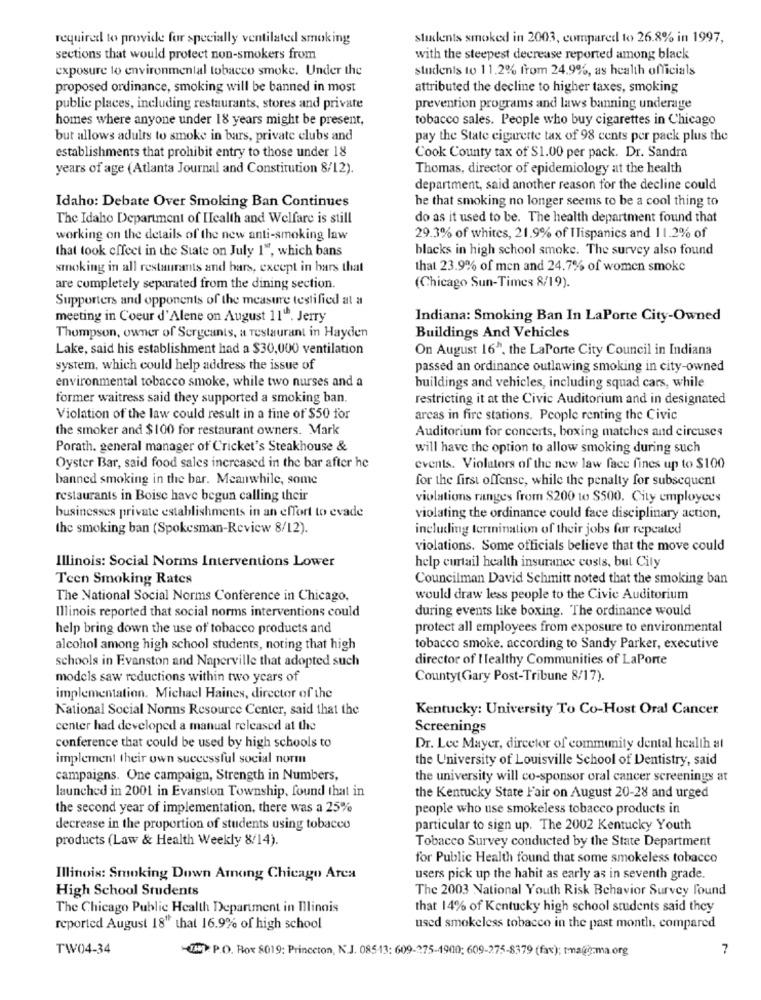
required to provide for specially ventilated smoking
students smoked in 2003, compared to 26.8% in 1997,
sections that would protect non-smokers from
with the steepest decrease reported among black
exposure to environmental tobacco smoke. Under the
students to 11.2% from 24.9%, as health officials
proposed ordinance, smoking will be banned in most
attributed the decline to higher taxes, smoking
public places, including restaurants, stores and private
prevention programs and laws banning underage
homes where anyone under 18 years might be present,
tobacco sales. People who buy cigarettes in Chicago
but allows adults to smoke in bars, private clubs and
pay the State cigarette tax of 98 cents per pack plus the
establishments that prohibit entry to those under 18
Cook County tax of $1.00 per pack. Dr. Sandra
years of age (Atlanta Journal and Constitution 8/12).
Thomas, director of epidemiology at the health
department, said another reason for the decline could
Idaho: Debate Over Smoking Ban Continues
he that smoking no longer seems to be a cool thing to
The Idaho Department of Health and Welfare is still
do as it used to be. The health department found that
working on the details of the new anti-smoking law
29.3% of whites, 21.9% of ITispanics and 11.2% of
that took effect in the State on July 1", which bans
blacks in high school smoke. The survey also found
smoking in all restaurants and bars, except in bars that
that 23.9% of men and 24.7% of women smoke
are completely separated from the dining section.
(Chicago Sun-Times 8/19).
Supporters and opponents of the measure testified at a
meeting in Coeur d'Alene on August 11". Jerry
Indiana: Smoking Ban In LaPorte City-Owned
Thompson, owner of Sergeants, a restaurant in Hayden
Buildings And Vehicles
Lake, said his establishment had a $30,000 ventilation
On August 16", the LaPorte City Council in Indiana
system, which could help address the issue of
passed an ordinance outlawing smoking in city-owned
environmental tobacco smoke, while two nurses and a
buildings and vehicles, including squad cars, while
former waitress said they supported a smoking ban.
restricting it at the Civic Auditorium and in designated
Violation of the law could result in a fine of $50 for
arcas in fire stations. People renting the Civic
the smoker and $100 for restaurant owners. Mark
Auditorium for concerts, boxing matches and circuses
Porath, general manager of Cricket's Steakhouse &
will have the option to allow smoking during such
Oyster Bar, said food sales increased in the bar after he
events. Violators of the new law face fines up to $100
banned smoking in the bar. Meanwhile, some
for the first offense, while the penalty for subsequent
restaurants in Boise have begun calling their
violations ranges from $200 to $500. City employees
businesses private establishments in an effort to evade
violating the ordinance could face disciplinary action,
the smoking ban (Spokesman-Review 8/12).
including termination of their jobs for repeated
violations. Some officials believe that the move could
Illinois: Social Norms Interventions Lower
help curtail health insurance costs, but City
Teen Smoking Rates
Councilman David Schmitt noted that the smoking ban
The National Social Norms Conference in Chicago.
would draw less people to the Civic Auditorium
during events like boxing. The ordinance would
Illinois reported that social norms interventions could
help bring down the use of tobacco products and
protect all employees from exposure to environmental
alcohol among high school students, noting that high
tobacco smoke. according to Sandy Parker, executive
schools in Evanston and Naperville that adopted such
director of Healthy Communities of LaPorte
models saw reductions within two years of
County(Gary Post-Tribune 8/17).
implementation. Michael Haines, director of the
National Social Norms Resource Center, said that the
Kentucky: University To Co-Host Oral Cancer
center had developed a manual released at the
Screenings
conference that could be used by high schools to
Dr. Lee Mayer, dircetor of community dental health at
implement their own successful social norm
the University of Louisville School of Dentistry, said
campaigns. One campaign, Strength in Numbers,
the university will co-sponsor oral cancer screenings at
launched in 2001 in Evanston Township, found that in
the Kentucky State Fair on August 20-28 and urged
the second year of implementation, there was a 25%
people who use smokeless tobacco products in
decrease in the proportion of students using tobacco
particular to sign up. The 2002 Kentucky Youth
products (Law & Health Weekly 8/14).
Tobacco Survey conducted by the State Department
for Public Health found that some smokeless tobacco
Illinois: Smoking Down Among Chicago Area
users pick up the habit as early as in seventh grade.
High School Students
The 2003 National Youth Risk Behavior Survey found
The Chicago Public Health Department in Illinois
that 14% of Kentucky high school students said they
reported August 18" that 16.9% of high school
used smokeless tobacco in the past month, compared
TW04-34
14: P.O. Box 8019: Princeton, N.J. 085-13: 609-275-1900: 609-275-8379 (fax); tmauğ-ma.org
7